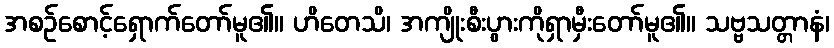
အစဉ်စောင့်ရှောက်တော်မူ၏။ ဟိတေသိ၊ အကျိုးစီးပွားကိုရှာမှီးတော်မူ၏။ သဗ္ဗသတ္တာနံ၊